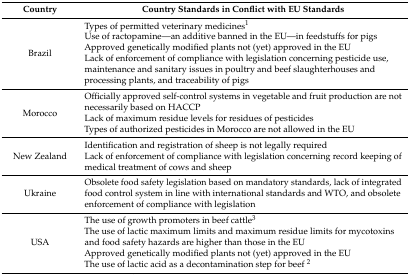
<table><thead><tr><td><b>Country</b></td><td><b>Country Standards in Conflict with EU Standards</b></td></tr></thead><tbody><tr><td>Brazil</td><td>Types of permitted veterinary medicines<sup>1</sup>Use of ractopamine—an additive banned in the EU—in feedstuffs for pigsApproved genetically modified plants not (yet) approved in the EULack of enforcement of compliance with legislation concerning pesticide use, maintenance and sanitary issues in poultry and beef slaughterhouses and processing plants, and traceability of pigs</td></tr><tr><td>Morocco</td><td>Officially approved self-control systems in vegetable and fruit production are not necessarily based on HACCPLack of maximum residue levels for residues of pesticidesTypes of authorized pesticides in Morocco are not allowed in the EU</td></tr><tr><td>New Zealand</td><td>Identification and registration of sheep is not legally requiredLack of enforcement of compliance with legislation concerning record keeping of medical treatment of cows and sheep</td></tr><tr><td>Ukraine</td><td>Obsolete food safety legislation based on mandatory standards, lack of integrated food control system in line with international standards and WTO, and obsolete enforcement of compliance with legislation</td></tr><tr><td>USA</td><td>The use of growth promoters in beef cattle<sup>3</sup>The use of lactic maximum limits and maximum residue limits for mycotoxins and food safety hazards are higher than those in the EUApproved genetically modified plants not (yet) approved in the EUThe use of lactic acid as a decontamination step for beef <sup>2</sup></td></tr></tbody></table>